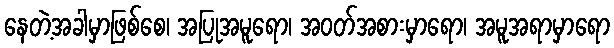
နေတဲ့အခါမှာဖြစ်စေ၊ အပြုအမူရော၊ အဝတ်အစားမှာရော၊ အမူအရာမှာရော